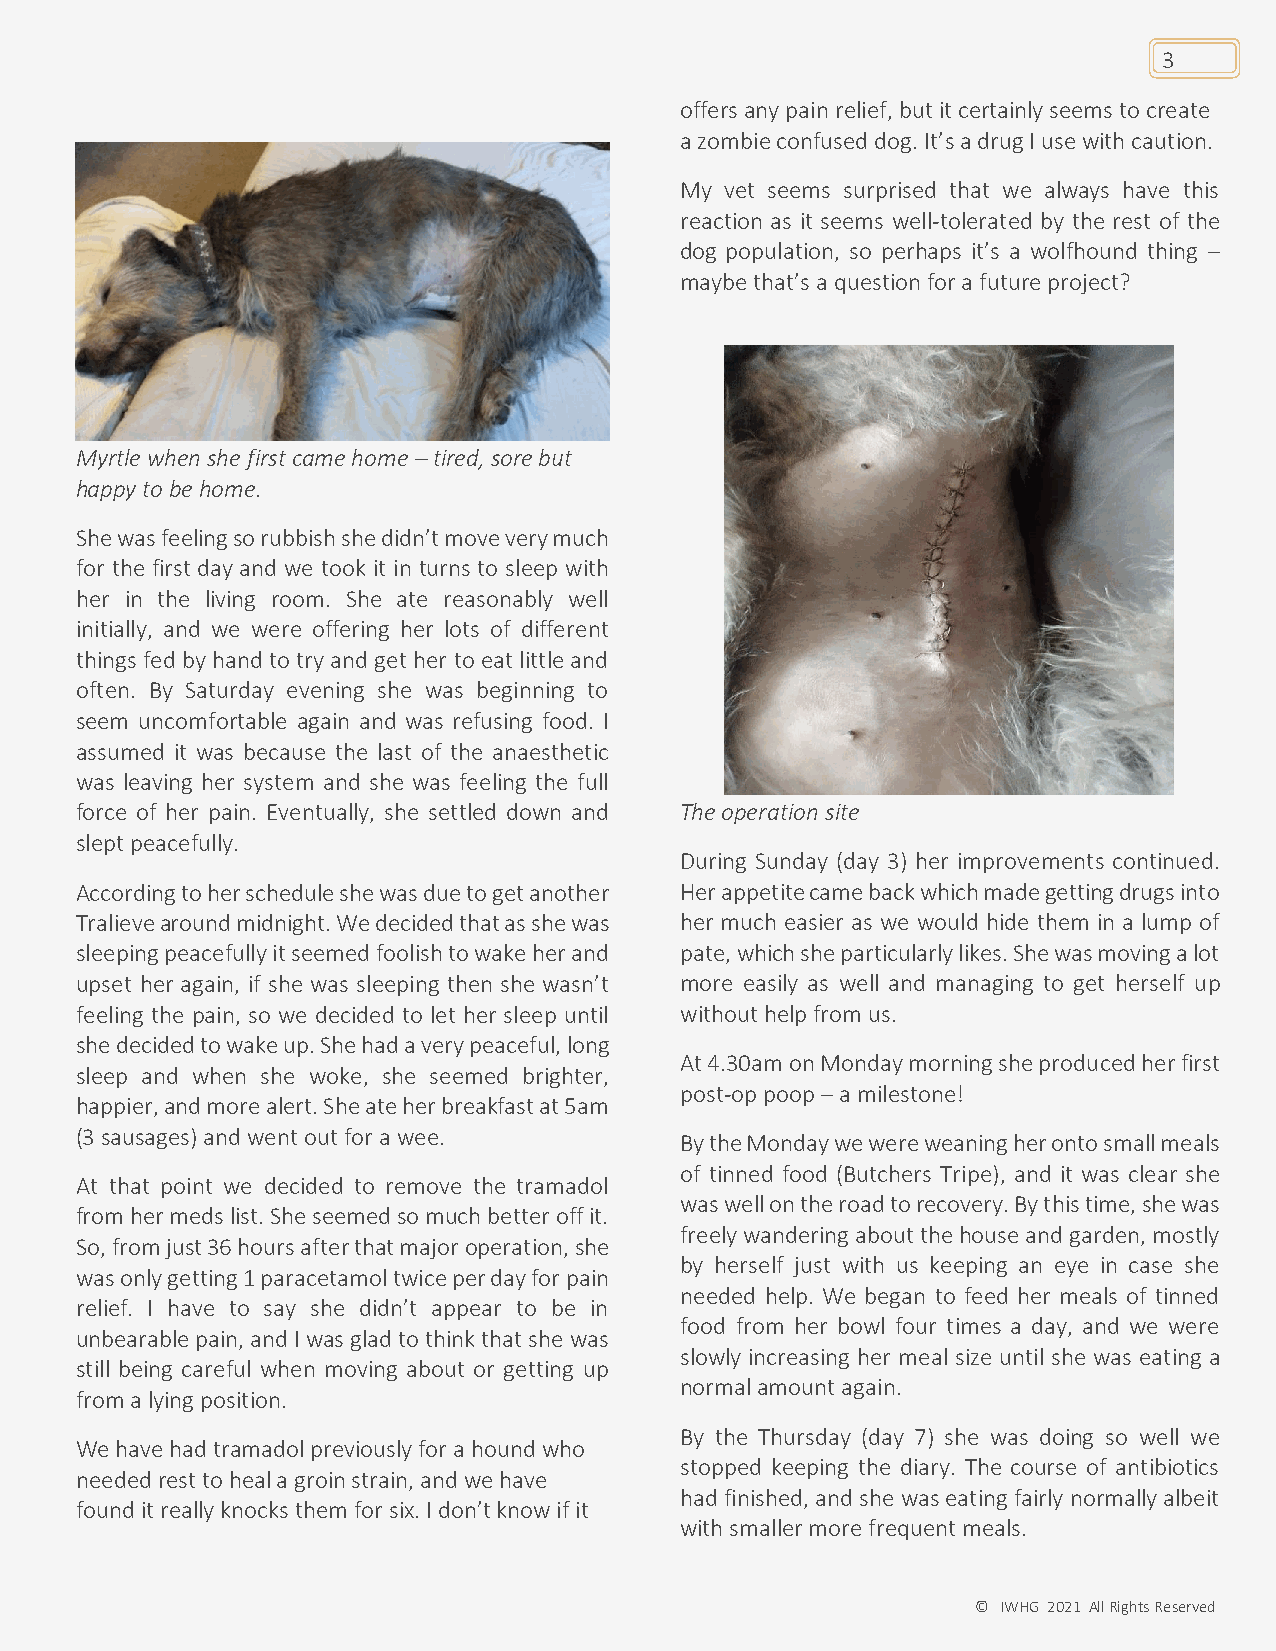
3
 offers any pain relief, but it certainly seems to create
 a zombie confused dog. It’s a drug I use with caution.
 My vet seems surprised that we always have this
 I
 reaction as it seems well-tolerated by the rest of the
 dog population, so perhaps it’s a wolfhound thing –
 maybe that’s a question for a future project?
 Myrtle when she first came home – tired, sore but
 happy to be home.
 She was feeling so rubbish she didn’t move very much
 for the first day and we took it in turns to sleep with
 her in the living room. She ate reasonably well
 initially, and we were offering her lots of different
 things fed by hand to try and get her to eat little and
 often. By Saturday evening she was beginning to
 seem uncomfortable again and was refusing food. I
 assumed it was because the last of the anaesthetic
 was leaving her system and she was feeling the full
 force of her pain. Eventually, she settled down and The operation site
 slept peacefully.
 During Sunday (day 3) her improvements continued.
 According to her schedule she was due to get another Her appetite came back which made getting drugs into
 Tralieve around midnight. We decided that as she was her much easier as we would hide them in a lump of
 sleeping peacefully it seemed foolish to wake her and pate, which she particularly likes. She was moving a lot
 upset her again, if she was sleeping then she wasn’t more easily as well and managing to get herself up
 feeling the pain, so we decided to let her sleep until without help from us.
 she decided to wake up. She had a very peaceful, long
 At 4.30am on Monday morning she produced her first
 sleep and when she woke, she seemed brighter,
 post-op poop – a milestone!
 happier, and more alert. She ate her breakfast at 5am
 (3 sausages) and went out for a wee.    By the Monday we were weaning her onto small meals
 of tinned food (Butchers Tripe), and it was clear she
 At that point we decided to remove the tramadol
 was well on the road to recovery. By this time, she was
 from her meds list. She seemed so much better off it.
 freely wandering about the house and garden, mostly
 So, from just 36 hours after that major operation, she
 by herself just with us keeping an eye in case she
 was only getting 1 paracetamol twice per day for pain
 needed help. We began to feed her meals of tinned
 relief. I have to say she didn’t appear to be in
 food from her bowl four times a day, and we were
 unbearable pain, and I was glad to think that she was
 slowly increasing her meal size until she was eating a
 still being careful when moving about or getting up
 normal amount again.
 from a lying position.
 By the Thursday (day 7) she was doing so well we
 We have had tramadol previously for a hound who
 stopped keeping the diary. The course of antibiotics
 needed rest to heal a groin strain, and we have
 had finished, and she was eating fairly normally albeit
 found it really knocks them for six. I don’t know if it
 with smaller more frequent meals.
 © IWHG 2021 All Rights Reserved